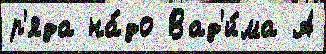
р'яда на́до Вад'и́ма А